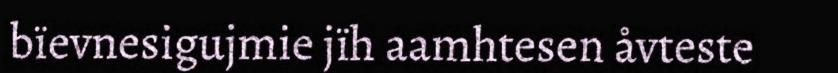
bïevnesigujmie jïh aamhtesen åvteste